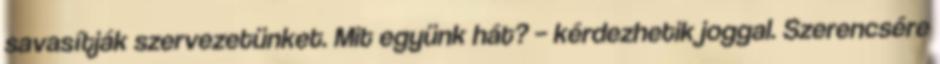
savasítják szervezetünket. Mit együnk hát? – kérdezhetik joggal. Szerencsére